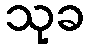
သုခ